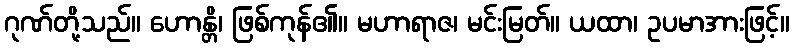
ဂုဏ်တို့သည်။ ဟောန္တိ၊ ဖြစ်ကုန်၏။ မဟာရာဇ၊ မင်းမြတ်။ ယထာ၊ ဥပမာအားဖြင့်။